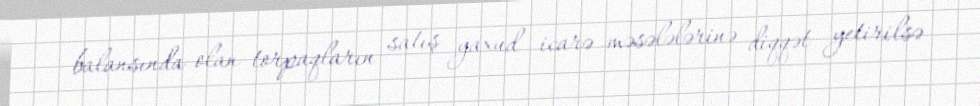
balansında olan torpaqların satış yaxud icarə məsələlərinə diqqət yetirilsə